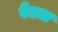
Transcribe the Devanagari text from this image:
एँठल